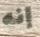
إنه